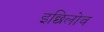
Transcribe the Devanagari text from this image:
इछिलोव